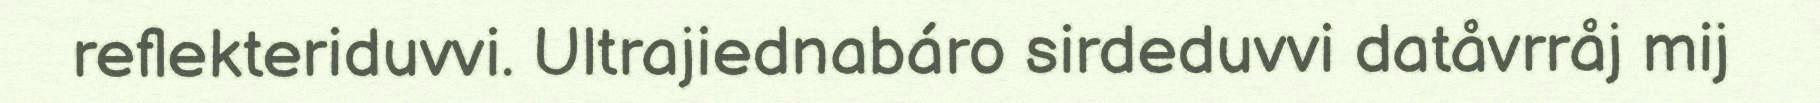
reflekteriduvvi. Ultrajiednabáro sirdeduvvi datåvrråj mij